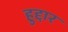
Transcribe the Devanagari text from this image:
हुद्दार